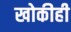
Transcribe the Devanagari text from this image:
खोकीही